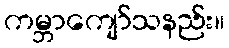
ကမ္ဘာကျော်သနည်း။